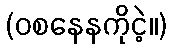
(ဝစနေနကိုငဲ့။)